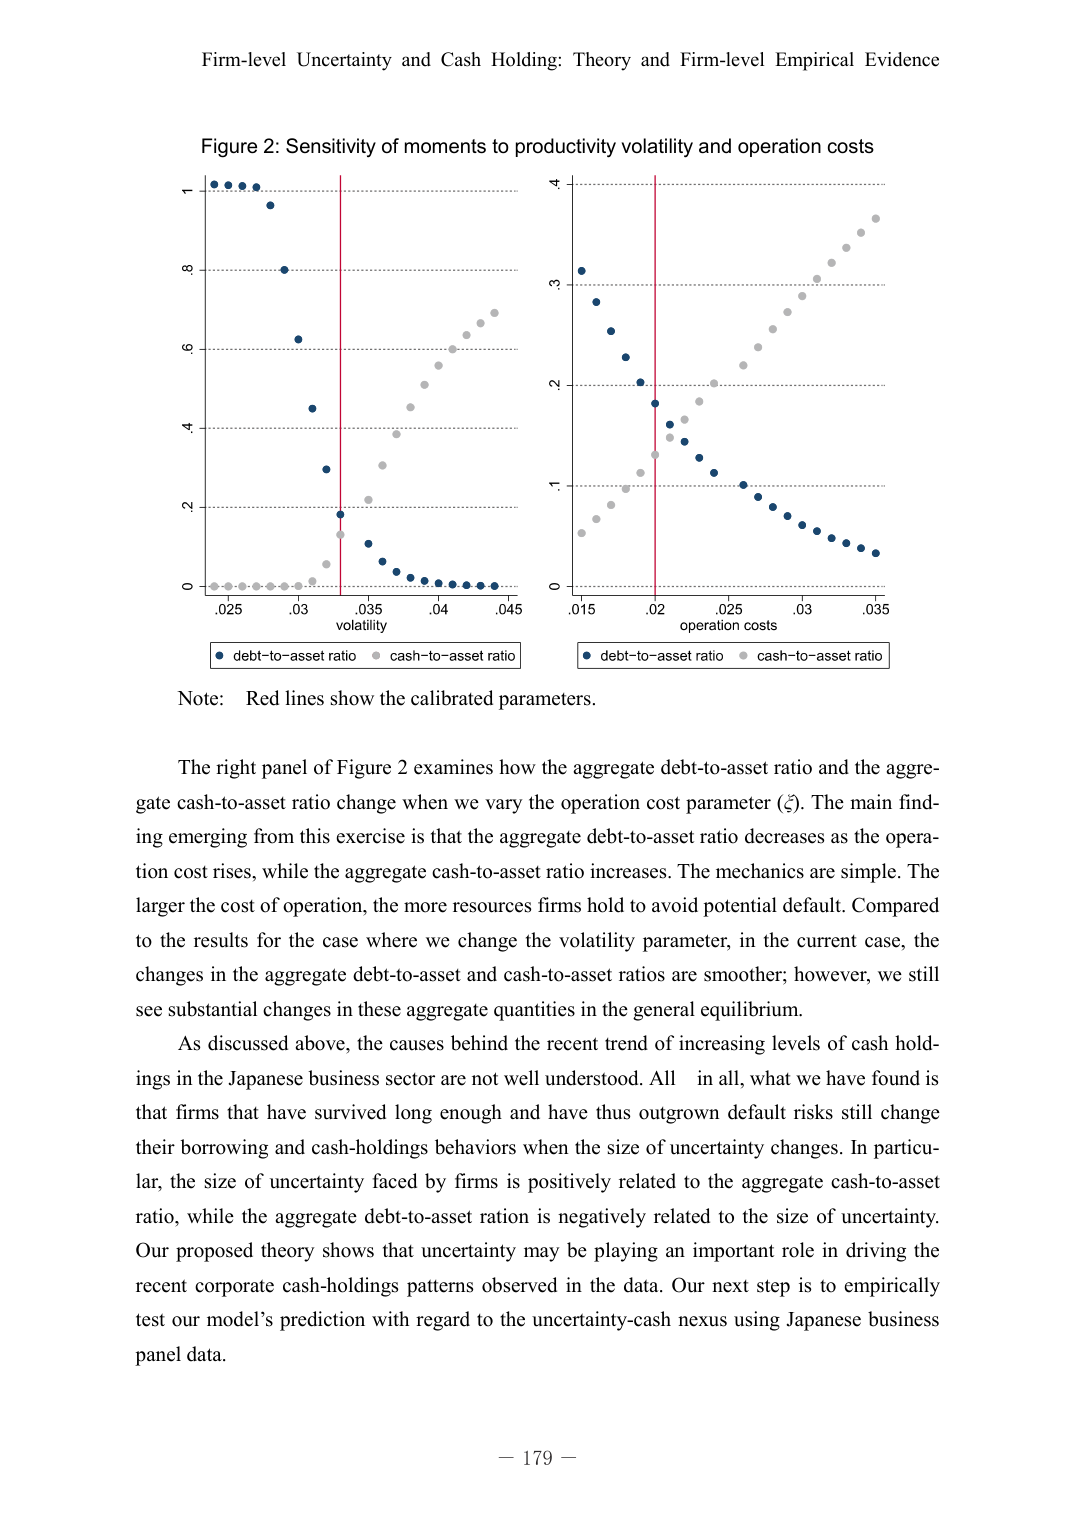
Firm-level Uncertainty and Cash Holding: Theory and Firm-level Empirical Evidence

Figure 2: Sensitivity of moments to productivity volatility and operation costs

volatility
0.025.03.035.04.045
0 2 4 6 8 10

operation costs
0.015.02.025.03.035
0 1 2 3 4

debt-to-asset ratio cash-to-asset ratio
debt-to-asset ratio cash-to-asset ratio

Note: Red lines show the calibrated parameters.

The right panel of Figure 2 examines how the aggregate debt-to-asset ratio and the aggregate cash-to-asset ratio change when we vary the operation cost parameter (ξ). The main finding emerging from this exercise is that the aggregate debt-to-asset ratio decreases as the operation cost rises, while the aggregate cash-to-asset ratio increases. The mechanics are simple. The larger the cost of operation, the more resources firms hold to avoid potential default. Compared to the results for the case where we change the volatility parameter, in the current case, the changes in the aggregate debt-to-asset and cash-to-asset ratios are smoother; however, we still see substantial changes in these aggregate quantities in the general equilibrium.

As discussed above, the causes behind the recent trend of increasing levels of cash holdings in the Japanese business sector are not well understood. All in all, what we have found is that firms that have survived long enough and have thus outgrown default risks still change their borrowing and cash-holdings behaviors when the size of uncertainty changes. In particular, the size of uncertainty faced by firms is positively related to the aggregate cash-to-asset ratio, while the aggregate debt-to-asset ration is negatively related to the size of uncertainty. Our proposed theory shows that uncertainty may be playing an important role in driving the recent corporate cash-holdings patterns observed in the data. Our next step is to empirically test our model’s prediction with regard to the uncertainty-cash nexus using Japanese business panel data.

— 179 —